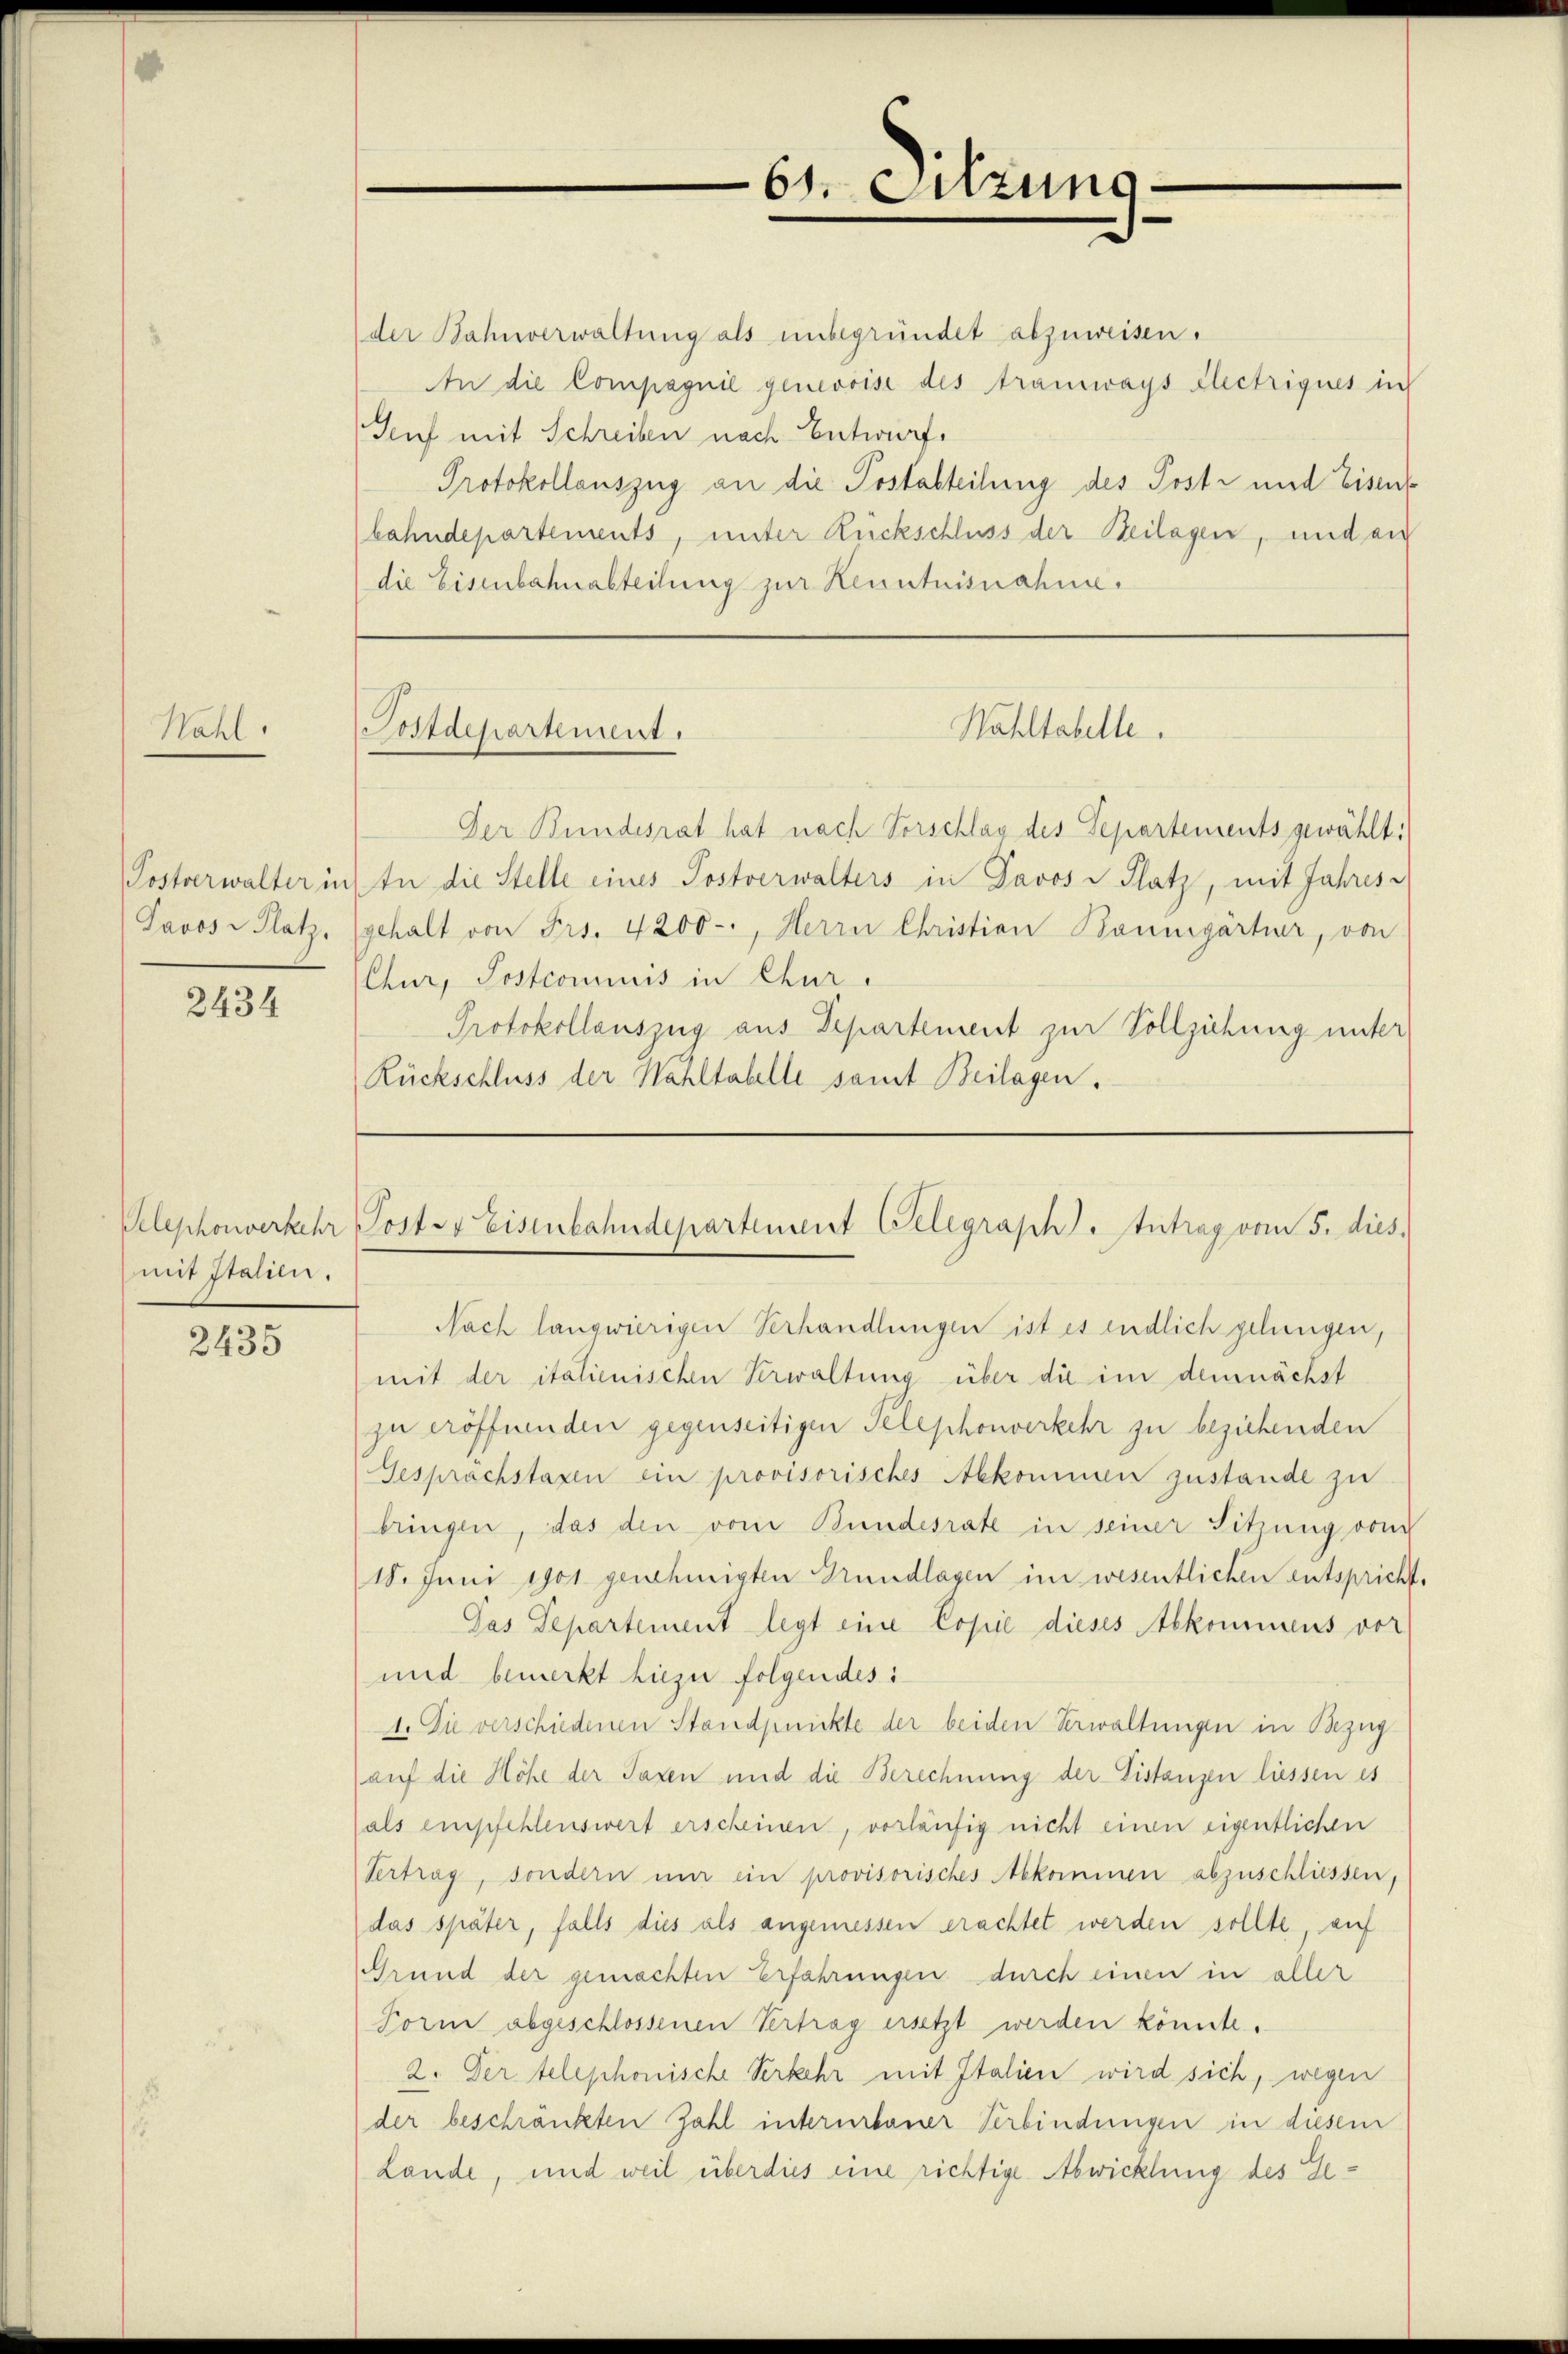
Nahl.

Postverwalter in
Davos- Platz,

2434

mit Stalien.

2435

der Bahnverwaltung als unbegründet abzuweisen.
An die Compagnie genevoise des Tramways Electriques in
Genf mit Schreiben nach Entwurf.
Protokollauszug an die Postabteilung des Post- und Eisens
bahndepartements, unter Rückschluss der Beilagen, und an
die Eisenbahnabteilung zur Kenntnisnahme.

Postdepartement.

61. Sitzung

Wahltabelle.

Der Bundesrat hat nach Vorschlag des Separtements gewählt:
In die Stelle eines Postverwalters in Davos- Platz, mit Jahres
gehalt von Frs. 4200-, Herrn Christian Boningärtner, von
Chur, Postcommis in Chur-
Protokollauszug aus Departement zur Vollziehung unter
Rückschluss der Wahltabelle samt Beilagen.

Velephonverkehr Post es Eisenbahndepartement Gelegraph. Intrag vom 5. dies

Nach langwierigen Verhandlungen ist es endlich gelungen,
mit der italienischen Verwaltung über die im demnächst
zu eröffnenden gegenseitigen Telephonverkehr zu beziehenden
Gesprachstaxen ein provisorisches Abkommen zustande zu
bringen, das den vom Bundesrate in seiner Sitzung vom
18. Juni 1901 genehmigten Kundlagen im wesentlichen entspricht.
Pas Departement legt eine Copie dieses Abkommens vor
und bemerkt hiezu folgendes i
1. Die verschiedenen Standpunkte der beiden Verwaltungen in Bezug
(auf die Höhe der Taxen und die Berechnung der Distanzen liessen es
als empfehlenswert erscheinen, vorläufig nicht einen eigentlichen
Vertrag, sondern nur ein provisorisches Abkommen abzuschliessen,
das später, falls dies als angemessen erachtet werden sollte auf
Grund der gemachten Erfahrungen durch einen in aller
Form abgeschlossenen Vertrag ersetzt werden könnte.
2. Der telephonische Verkehr mit Italien wird sich, wegen
der beschränkten Zahl intererbauer Verbindungen in diesem
Lande, und weil überdies eine richtige Abwicklung des Ge¬